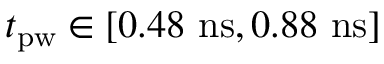
t _ { \mathrm { p w } } \in [ 0 . 4 8 ~ \mathrm { n s } , 0 . 8 8 ~ \mathrm { n s } ]